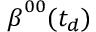
\boldsymbol { \beta } ^ { 0 0 } ( t _ { d } )